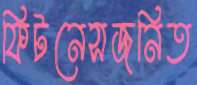
ফিটনেসজনিত